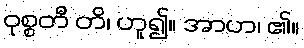
ဝုစ္စတီ တိ၊ ဟူ၍။ အာဟ၊ ၏။